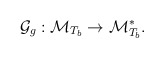
\begin{align*}\mathcal{G}_{g}:\mathcal{M}_{T_{b}}\rightarrow \mathcal{M}_{T_{b}}^{\ast }.\end{align*}